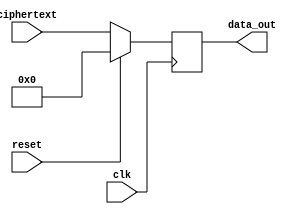
//yinon zadok
//18.07.2024
`default_nettype none 
`timescale 1 ns / 1 ps
module register3
(
input wire clk   ,
input wire	reset ,
input wire	[63:0] ciphertext ,

output reg [63:0] data_out
);

always @(posedge clk)
	if (reset)
		data_out <= 0;
	else
		data_out <= ciphertext  ;
	
endmodule